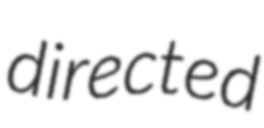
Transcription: directed